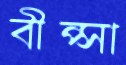
বীপ্সা